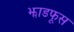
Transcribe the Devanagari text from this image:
झाडफूस